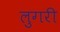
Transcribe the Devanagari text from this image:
लुगरी